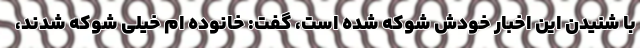
با شنیدن این اخبار خودش شوکه شده است، گفت: خانوده ام خیلی شوکه شدند،